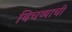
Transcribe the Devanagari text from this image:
बिचव्याची